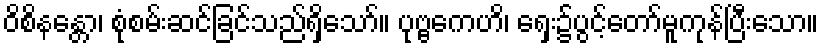
ဝိစိနန္တော၊ စုံစမ်းဆင်ခြင်သည်ရှိသော်။ ပုဗ္ဗကေဟိ၊ ရှေး၌ပွင့်တော်မူကုန်ပြီးသော။